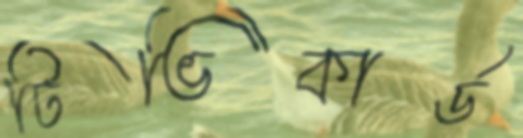
টিভিকার্ড